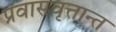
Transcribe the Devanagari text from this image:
प्रवासवृत्तान्त